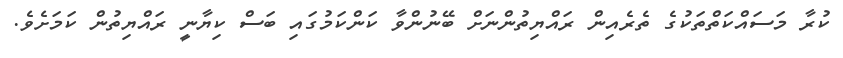
ކުރާ މަސައްކަތްތަކުގެ ތެރެއިން ރައްޔިތުންނަށް ބޭނުންވާ ކަންކަމުގައި ބަސް ކިޔާނީ ރައްޔިތުން ކަމަށެވެ.